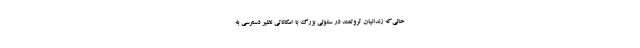
حالی‌که زندانیان ثروتمند در سلولی بزرگ با امکاناتی نظیر دسترسی به